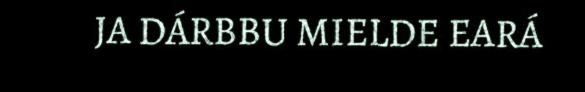
JA DÁRBBU MIELDE EARÁ